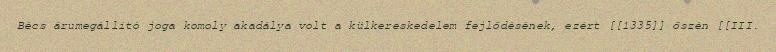
Bécs árumegállító joga komoly akadálya volt a külkereskedelem fejlődésének, ezért [[1335]] őszén [[III.